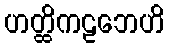
ဟတ္ထိကဠဘေဟိ